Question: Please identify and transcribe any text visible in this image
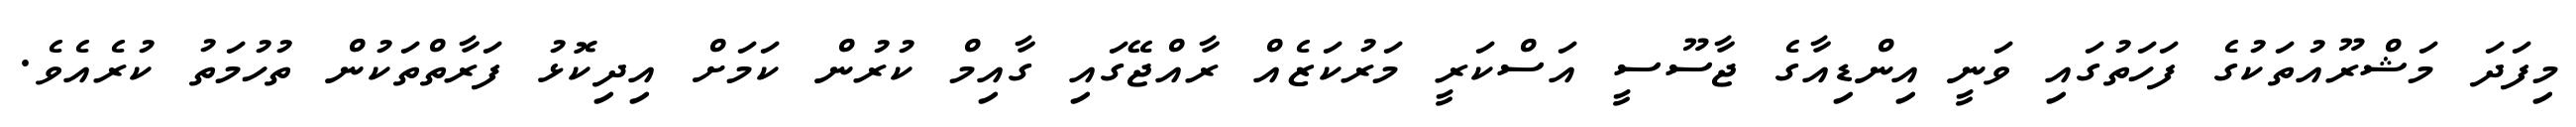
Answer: މިފަދަ މަޝްރޫއުތަކުގެ ފަހަތުގައި ވަނީ އިންޑިއާގެ ޖާސޫސީ އަސްކަރީ މަރުކަޒެއް ރާއްޖޭގައި ގާއިމް ކުރުން ކަމަށް އިދިކޮޅު ފަރާތްތަކުން ތުހުމަތު ކުރެއެވެ.